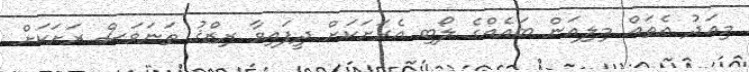
މިއަދު އެތައް މިލިއަން ބައެއްގެ ލޯބި އެރަށަކަށް ދީފައިވާ ރިޒްޤު ތަނަވަސް ރަށަކަށް